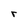
Character: r